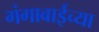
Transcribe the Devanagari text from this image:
गंगाबाईच्या